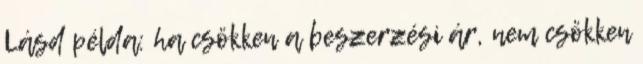
Lásd példa: ha csökken a beszerzési ár, nem csökken